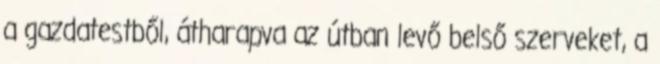
a gazdatestből, átharapva az útban levő belső szerveket, a